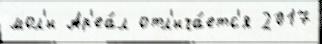
мол'и Ар'еа́л отл'ича́етс'я 2017